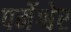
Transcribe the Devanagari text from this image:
पर्मेश्वेर